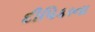
દીપિકાના